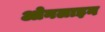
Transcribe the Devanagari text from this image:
ओनलाइन